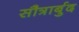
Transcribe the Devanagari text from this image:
सौत्रार्बुद